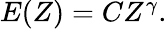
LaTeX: \begin{array}{r}{E(Z)=CZ^{\gamma}.}\end{array}